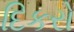
દિકરો